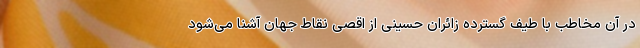
در آن مخاطب با طیف گسترده زائران حسینی از اقصی نقاط جهان آشنا می‌شود